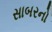
સાબરનો